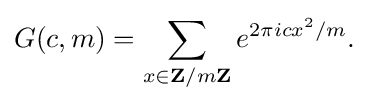
{G(c,m)=\sum _{x\in \mathbf {Z} /m\mathbf {Z} }e^{2\pi icx^{2}/m}.}